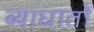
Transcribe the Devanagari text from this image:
ब्याघातों